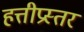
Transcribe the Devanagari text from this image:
हत्तीप्रस्तर